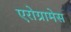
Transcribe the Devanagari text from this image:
एरोग्रामेस